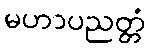
မဟာပညတ္တံ